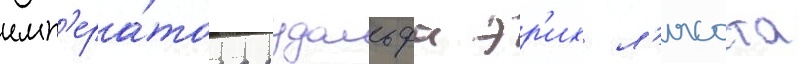
имп'ера́тора рудольфа эр'их л'ясота